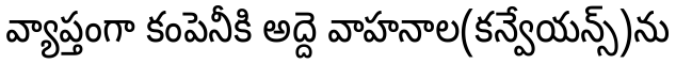
వ్యాప్తంగా కంపెనీకి అద్దె వాహనాల(కన్వేయన్స్)ను